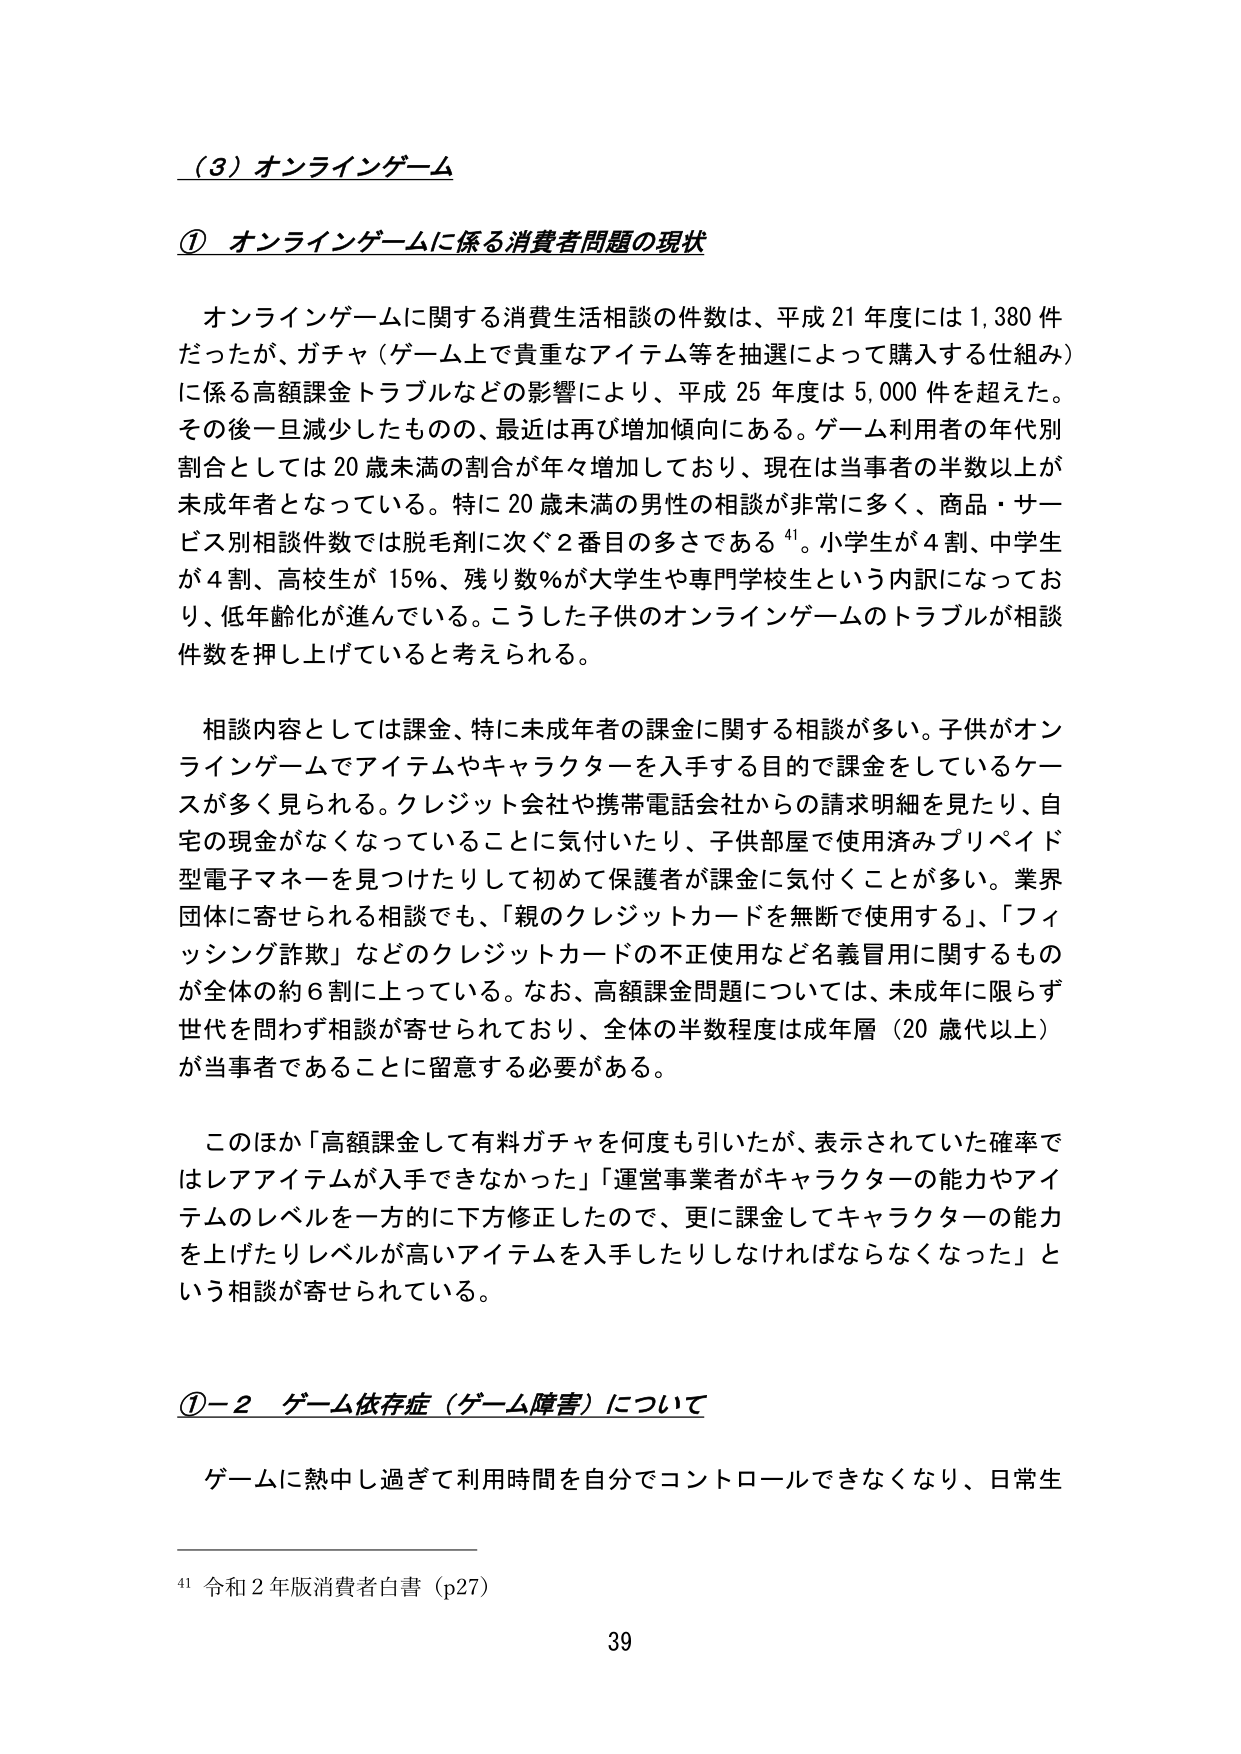
（3）オンラインゲーム

① オンラインゲームに係る消費者問題の現状

オンラインゲームに関する消費生活相談の件数は、平成21年度には1,380件だったが、ガチャ（ゲーム上で貴重なアイテム等を抽選によって購入する仕組み）に係る高額課金トラブルなどの影響により、平成25年度は5,000件を超えた。その後一旦減少したものの、最近は再び増加傾向にある。ゲーム利用者の年代別割合としては20歳未満の割合が年々増加しており、現在は当事者の半数以上が未成年者となっている。特に20歳未満の男性の相談が非常に多く、商品・サービス別相談件数では脱毛剤に次ぐ2番目の多さである⁴¹。小学生が4割、中学生が4割、高校生が15％、残り数％が大学生や専門学校生という内訳になっており、低年齢化が進んでいる。こうした子供のオンラインゲームのトラブルが相談件数を押し上げていると考えられる。

相談内容としては課金、特に未成年者の課金に関する相談が多い。子供がオンラインゲームでアイテムやキャラクターを入手する目的で課金をしているケースが多く見られる。クレジット会社や携帯電話会社からの請求明細を見たり、自宅の現金がなくなっていることに気付いたり、子供部屋で使用済みプリペイド型電子マネーを見つけたりして初めて保護者が課金に気付くことが多い。業界団体に寄せられる相談でも、「親のクレジットカードを無断で使用する」、「フィッシング詐欺」などのクレジットカードの不正使用など名義冒用に関するものが全体の約6割に上っている。なお、高額課金問題については、未成年に限らず世代を問わず相談が寄せられており、全体の半数程度は成年層（20歳代以上）が当事者であることに留意する必要がある。

このほか「高額課金して有料ガチャを何度も引いたが、表示されていた確率ではレアアイテムが入手できなかった」「運営事業者がキャラクターの能力やアイテムのレベルを一方的に下方修正したので、更に課金してキャラクターの能力を上げたりレベルが高いアイテムを入手したりしなければならなくなった」という相談が寄せられている。

①－2 ゲーム依存症（ゲーム障害）について

ゲームに熱中し過ぎて利用時間を自分でコントロールできなくなり、日常生

⁴¹ 令和2年版消費者白書（p27）

39